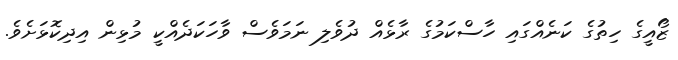
ޒޯއީގެ ހިތުގެ ކަނެއްގައި ހާސްކަމުގެ ރާޅެއް ދުވެލި ނަމަވެސް ވާހަކަދެއްކީ މުޅިން އިދިކޮޅަށެވެ.